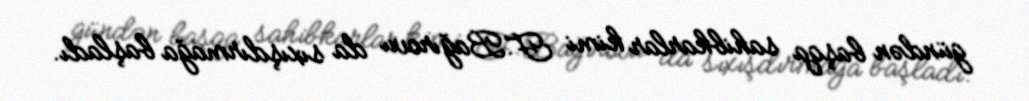
gündən başqa sahibkarlar kimi F.Bağırovu da sıxışdırmağa başladı.